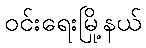
ဝင်းရေးမြို့နယ်